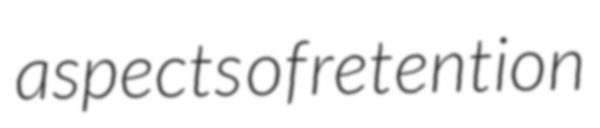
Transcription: aspects of retention